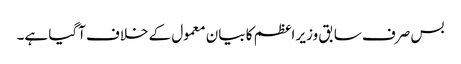
بس صرف سابق وزیر اعظم کا بیان معمول کے خلاف آگیا ہے۔